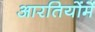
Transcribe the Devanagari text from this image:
आरतियोंमें